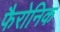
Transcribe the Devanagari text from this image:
फैरोनिक